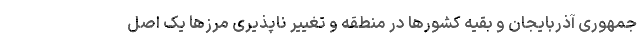
جمهوری آذربایجان و بقیه کشورها در منطقه و تغییر ناپذیری مرزها یک اصل